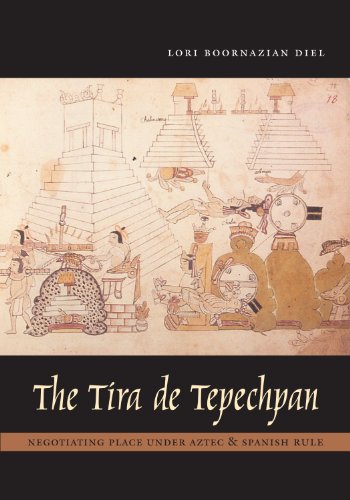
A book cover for The Tira de Tepechpan: Negotiating Place under Aztec and Spanish Rule; Lori Boornazian Diel; History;